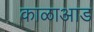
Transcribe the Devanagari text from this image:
काळाआड